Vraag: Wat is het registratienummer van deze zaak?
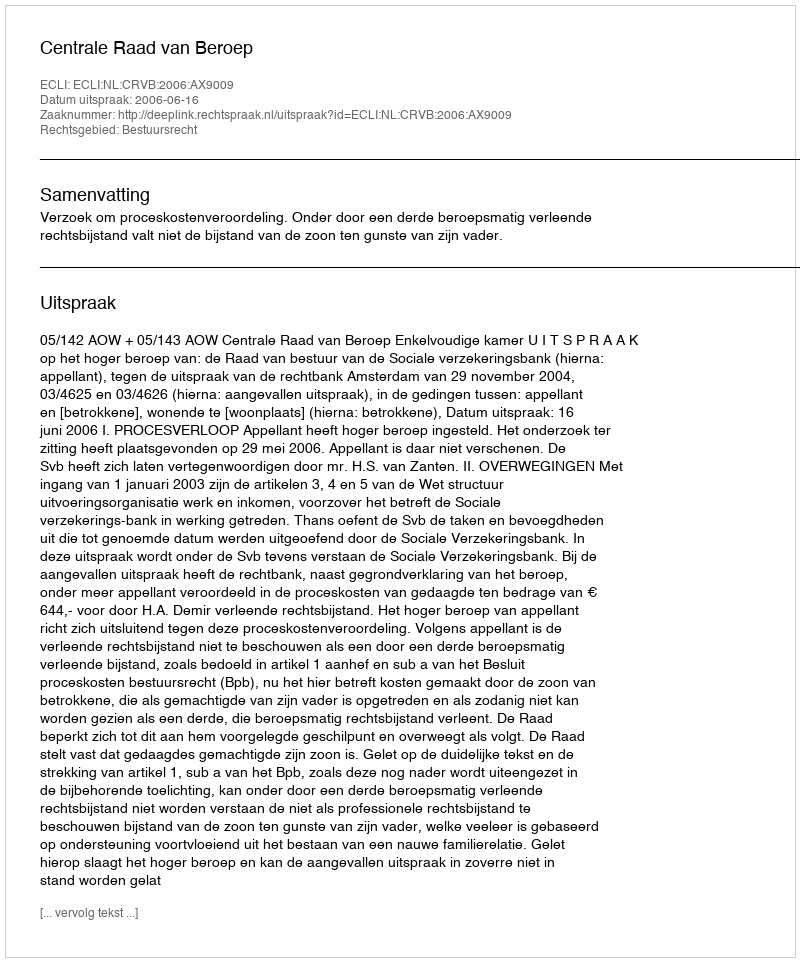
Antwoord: http://deeplink.rechtspraak.nl/uitspraak?id=ECLI:NL:CRVB:2006:AX9009